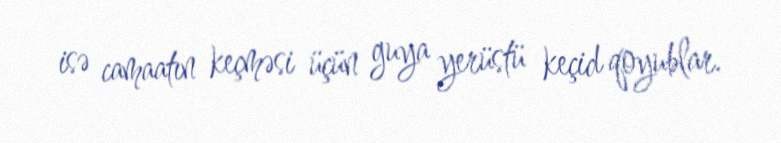
isə camaatın keçməsi üçün guya yerüstü keçid qoyublar.